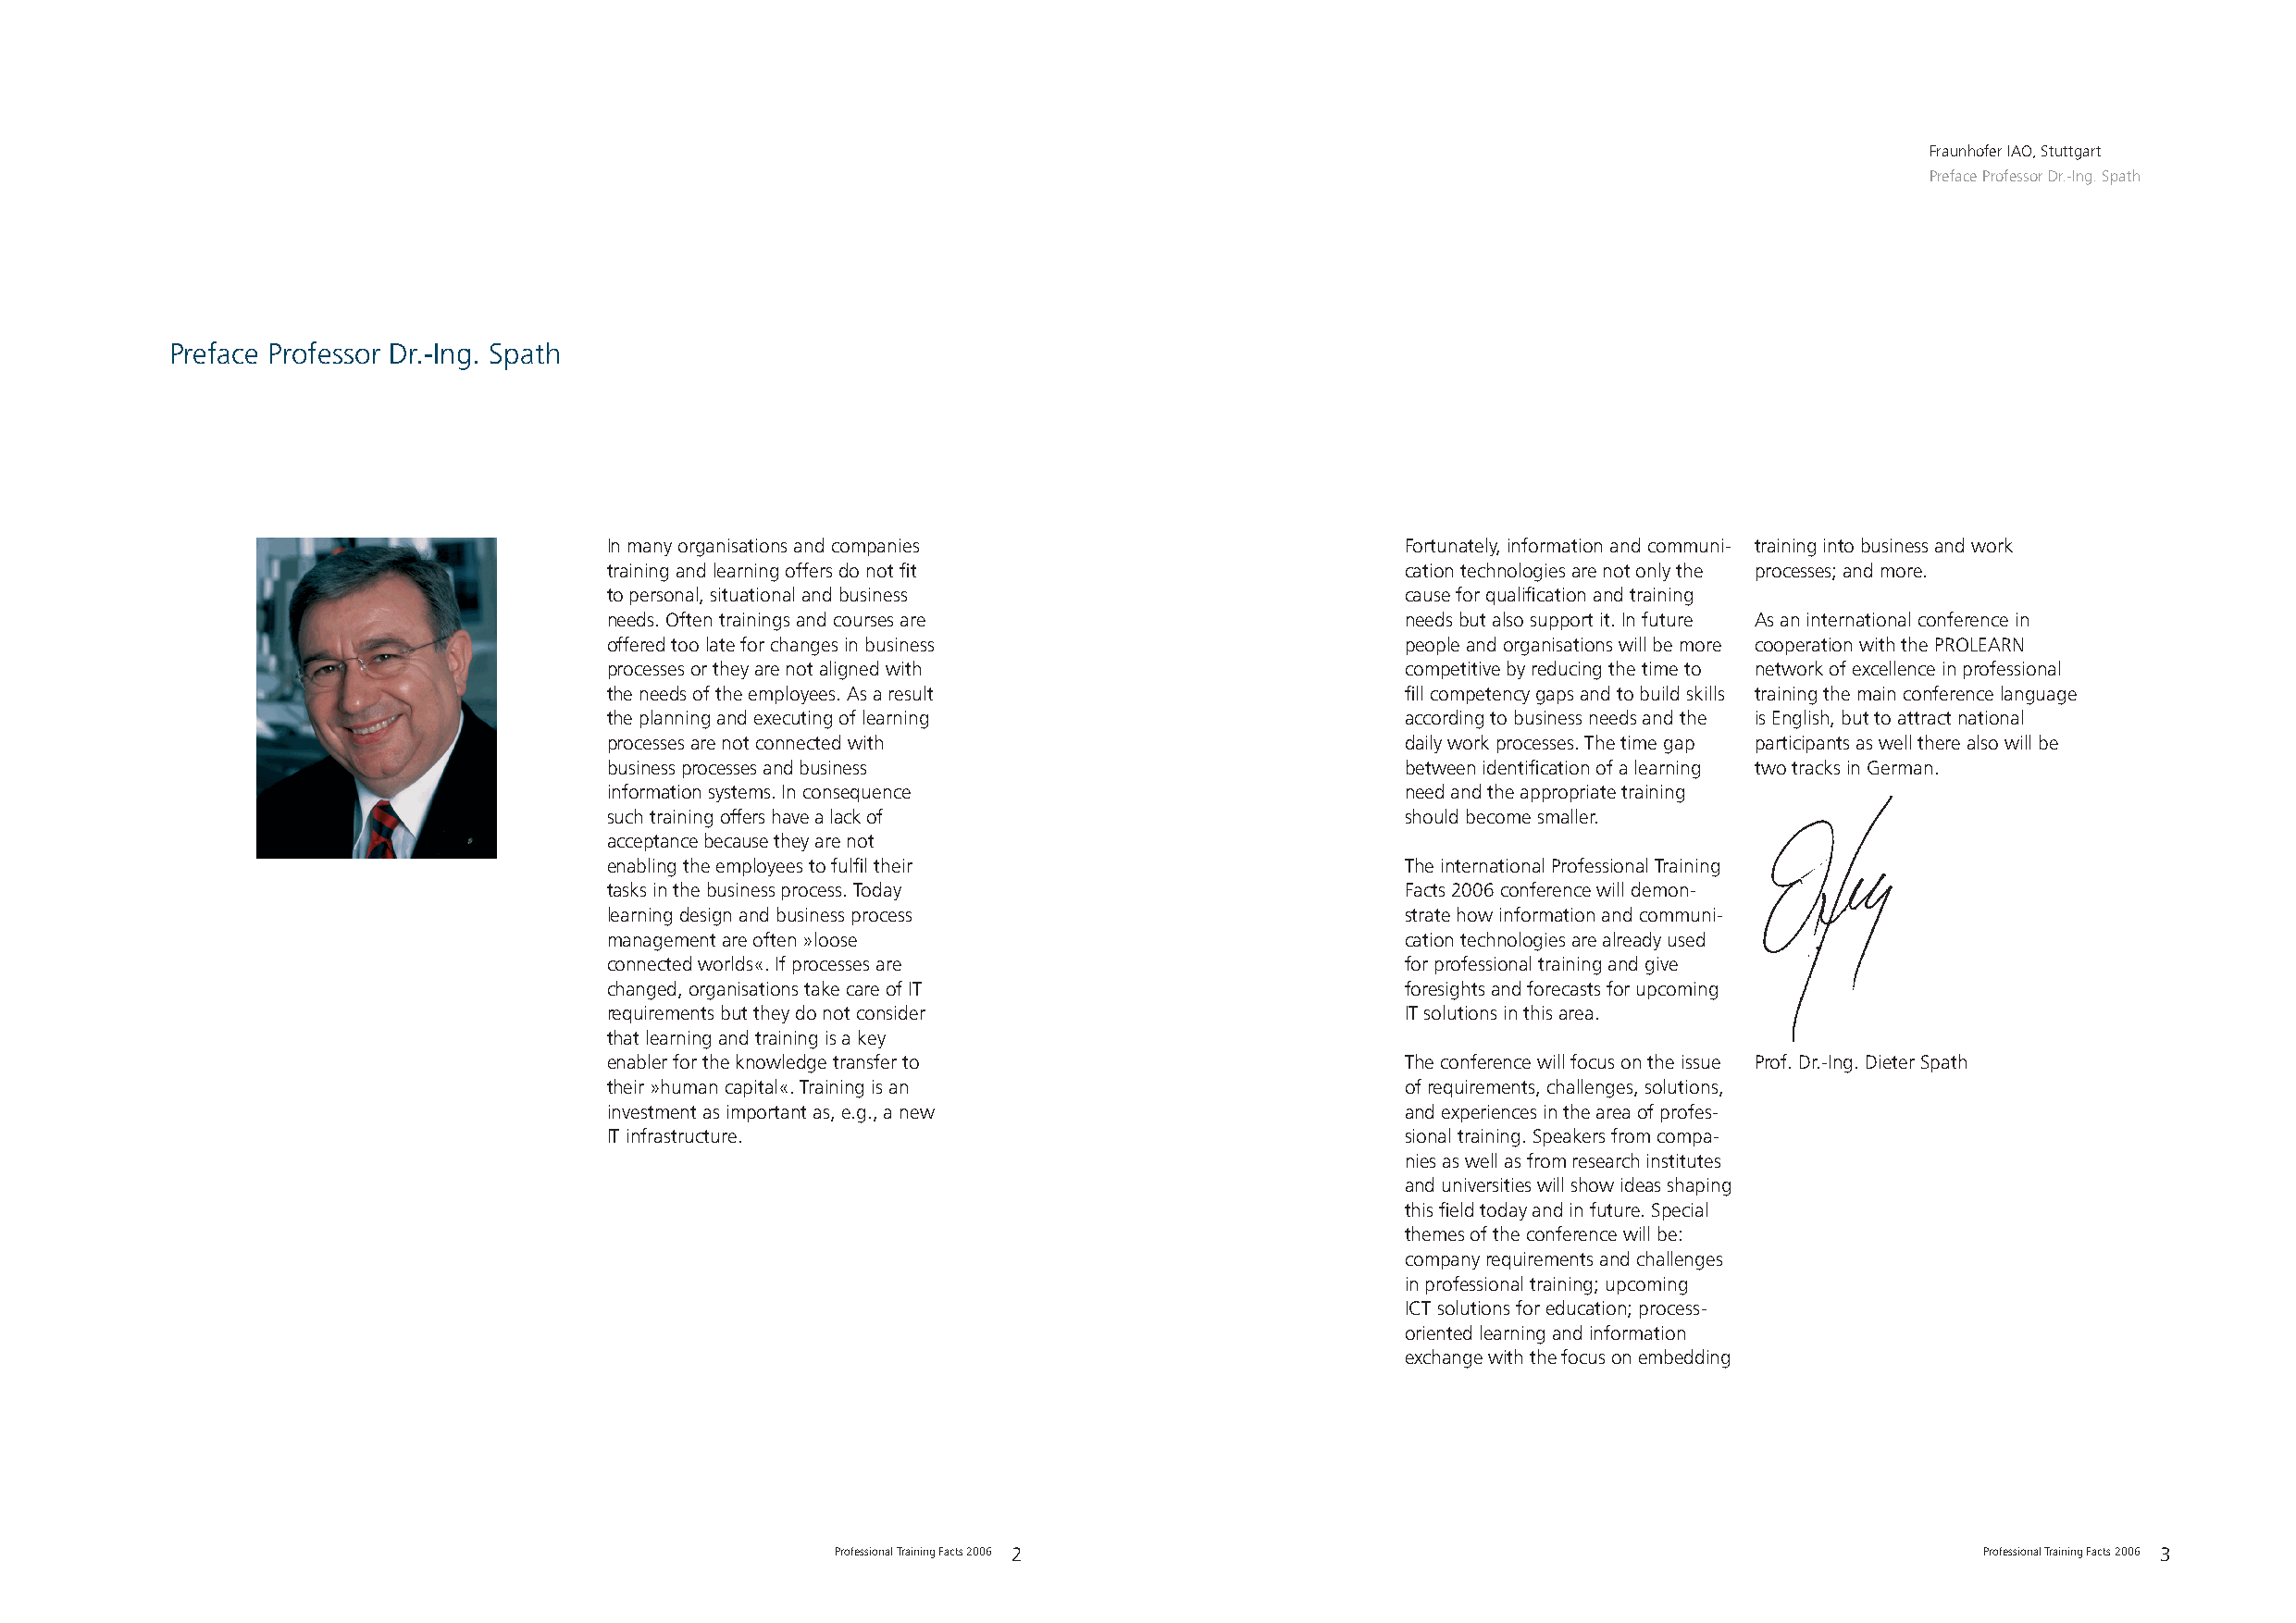
Fraunhofer IAO, Stuttgart
 Preface Professor Dr.-Ing. Spath
 Preface Professor Dr.-Ing. Spath
 In many organisations and companies                      Fortunately, information and communi- training into business and work
 training and learning offers do not fit                  cation technologies are not only the processes; and more.
 to personal, situational and business                    cause for qualification and training
 needs. Often trainings and courses are                   needs but also support it. In future As an international conference in
 offered too late for changes in business                 people and organisations will be more cooperation with the PROLEARN
 processes or they are not aligned with                   competitive by reducing the time to network of excellence in professional
 the needs of the employees. As a result                  fill competency gaps and to build skills training the main conference language
 the planning and executing of learning                   according to business needs and the is English, but to attract national
 processes are not connected with                         daily work processes. The time gap participants as well there also will be
 business processes and business                          between identification of a learning two tracks in German.
 information systems. In consequence                      need and the appropriate training
 such training offers have a lack of                      should become smaller.
 acceptance because they are not
 enabling the employees to fulfil their                   The international Professional Training
 tasks in the business process. Today                     Facts 2006 conference will demon-
 learning design and business process                     strate how information and communi-
 management are often »loose                              cation technologies are already used
 connected worlds«. If processes are                      for professional training and give
 changed, organisations take care of IT                   foresights and forecasts for upcoming
 requirements but they do not consider                    IT solutions in this area.
 that learning and training is a key
 enabler for the knowledge transfer to                    The conference will focus on the issue Prof. Dr.-Ing. Dieter Spath
 their »human capital«. Training is an                    of requirements, challenges, solutions,
 investment as important as, e.g., a new                  and experiences in the area of profes-
 IT infrastructure.                                       sional training. Speakers from compa-
 nies as well as from research institutes
 and universities will show ideas shaping
 this field today and in future. Special
 themes of the conference will be:
 company requirements and challenges
 in professional training; upcoming
 ICT solutions for education; process-
 oriented learning and information
 exchange with the focus on embedding
 Professional Training Facts 2006 2                                                Professional Training Facts 2006 3